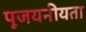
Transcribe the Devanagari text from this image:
पूजयनीयता